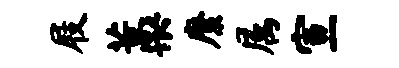
屐藁縻属宣